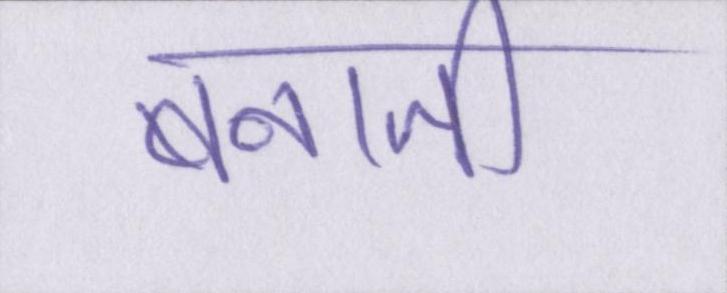
बनाती